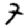
Digit: 7